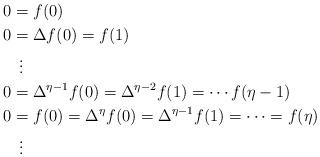
LaTeX: \begin{align*}0&=f(0)\\0&=\Delta f(0)=f(1)\\&\ \,\vdots\\0&=\Delta^{\eta-1}f(0)=\Delta^{\eta-2}f(1)=\cdots f(\eta-1)\\0&=f(0)=\Delta^{\eta} f(0)=\Delta^{\eta-1}f(1)=\cdots=f(\eta)\\&\ \,\vdots\end{align*}